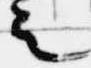
之